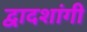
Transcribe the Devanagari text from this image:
द्वादशांगी